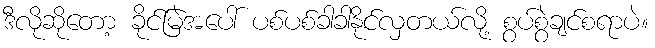
ဒီလိုဆိုတော့ ခိုင်မြဲအပေါ် ပစ်ပစ်ခါခါနိုင်လှတယ်လို့ စွပ်စွဲချင်စရာပဲ။